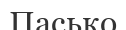
Пасько